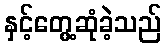
နှင့်တွေ့ဆုံခဲ့သည်